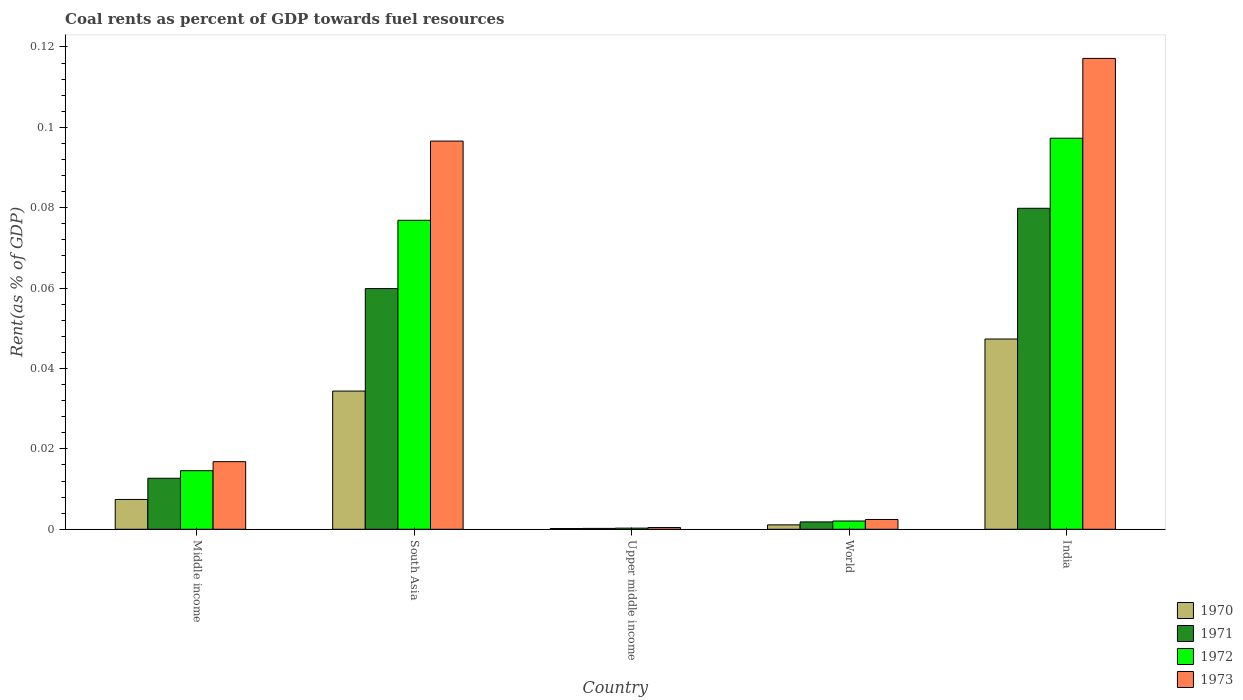
| Country | 1970 | 1971 | 1972 | 1973 |
 | --- | --- | --- | --- | --- |
 | Middle income | 0.00742 | 0.0127 | 0.0146 | 0.0168 |
 | South Asia | 0.0344 | 0.0599 | 0.0769 | 0.0966 |
 | Upper middle income | 0.000184 | 0.000219 | 0.000284 | 0.000431 |
 | World | 0.0011 | 0.00183 | 0.00206 | 0.00244 |
 | India | 0.0473 | 0.0799 | 0.0973 | 0.117 |